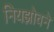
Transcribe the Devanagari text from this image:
नियझोवने